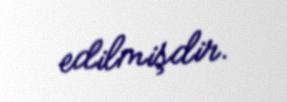
edilmişdir.